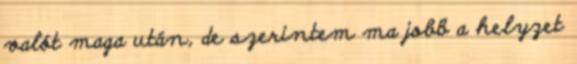
valót maga után, de szerintem ma jobb a helyzet